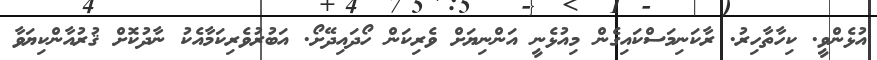
އުޅެންވީ. ކިހާތާހިރު. ރާކަނިމަސްކައިގެން މިއުޅެނީ އަންނިޔަށް ވެރިކަން ހޯދައިދޭށޯ. އަބުރުވެރިކަމާއެކު ނާދުކޮށް ޤުރުއާންކިޔަވާ